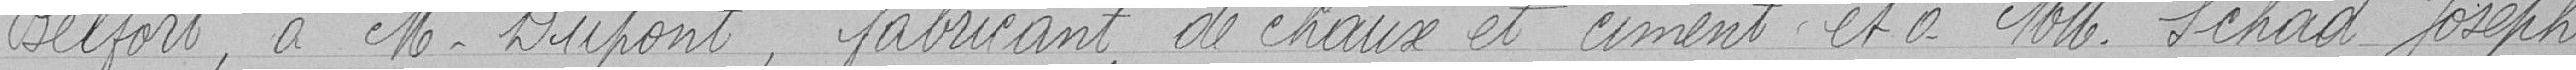
Belfort, à Monsieur Dupont, fabricant de chaux et ciment et à Messieurs Schad Joseph